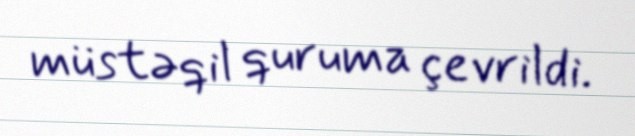
müstəqil quruma çevrildi.